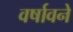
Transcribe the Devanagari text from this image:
वर्षावने